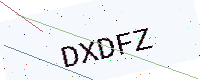
Text: DXDFZ